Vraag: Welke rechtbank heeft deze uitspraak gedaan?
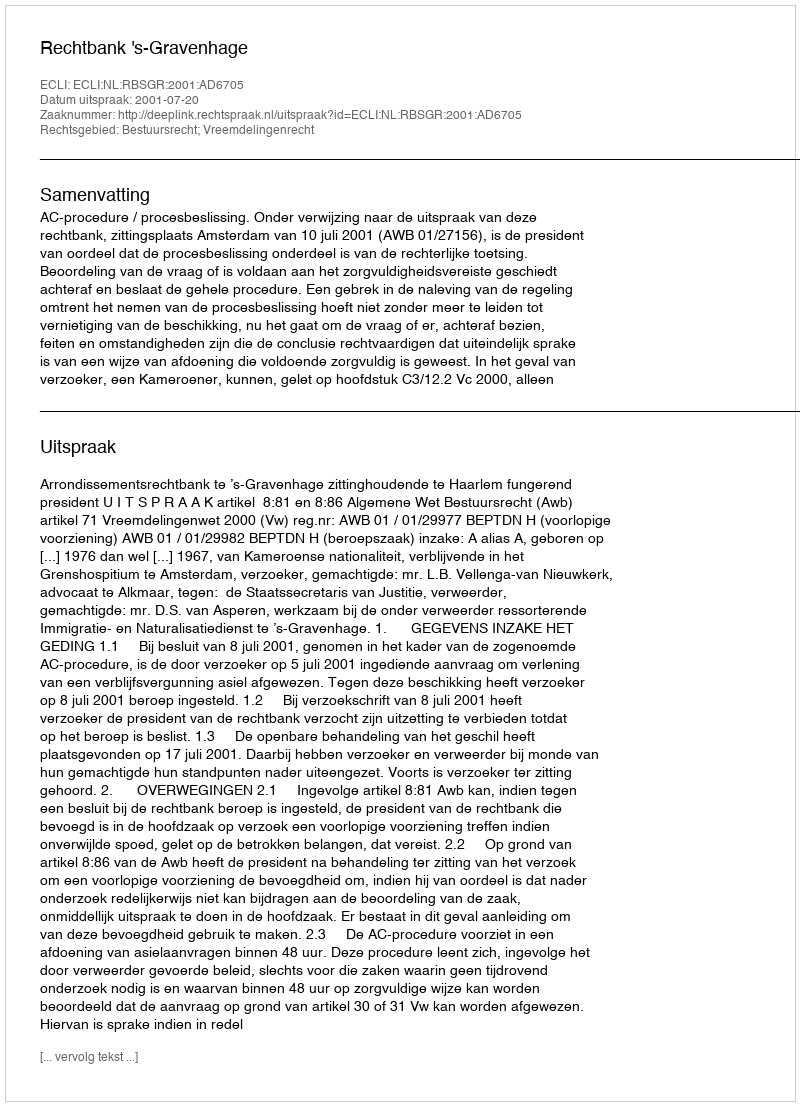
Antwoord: Rechtbank 's-Gravenhage